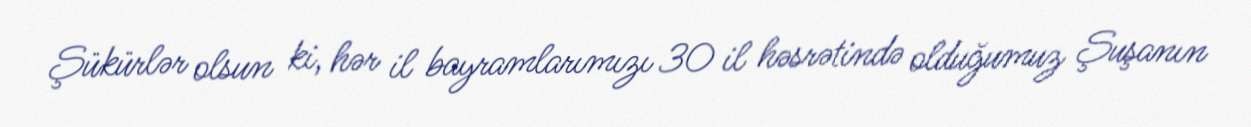
Şükürlər olsun ki, hər il bayramlarımızı 30 il həsrətində olduğumuz Şuşanın